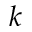
k